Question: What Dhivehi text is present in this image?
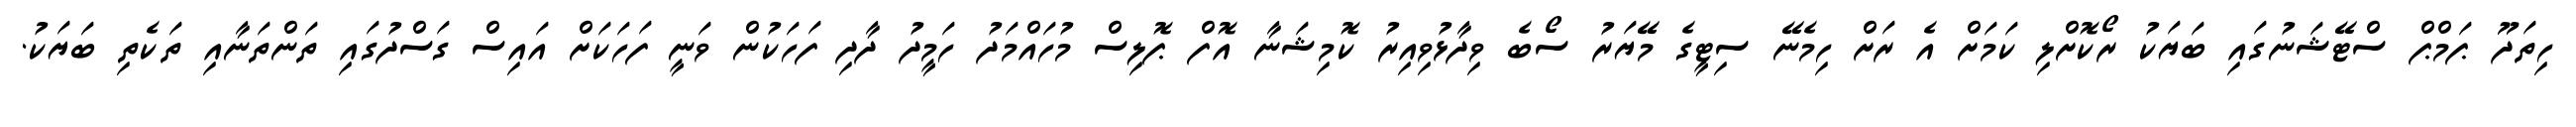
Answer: ހިތަދޫ ޕަމްޕް ސްޓޭޝަނުގައި ބަޔަކު ރޯކޮށްލި ކަމަށް އެ ރަށް ހިމެނޭ ސިޓީގެ މޭޔަރު ސޯބެ ވިދާޅުވިއިރު ކޮމިޝަނާ އޮފް ޕޮލިސް މުހައްމަދު ހަމީދު ދާދި ފަހަކުން ވަނީ ފަހަކަށް އައިސް ގަސްދުގައި ތަންތަނާއި ތަކެތި ބަޔަކު.